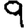
Digit: 9